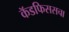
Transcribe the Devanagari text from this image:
कॅडफिससचा